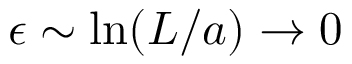
\epsilon \sim \mathrm { l n } ( L / a ) \to 0